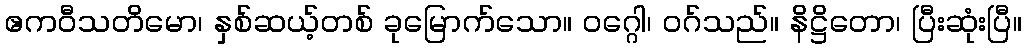
ဧကဝီသတိမော၊ နှစ်ဆယ့်တစ် ခုမြောက်သော။ ဝဂ္ဂေါ၊ ဝဂ်သည်။ နိဋ္ဌိတော၊ ပြီးဆုံးပြီ။